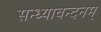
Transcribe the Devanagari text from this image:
सन्ध्यावन्दनम्